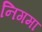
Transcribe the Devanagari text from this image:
निगमा